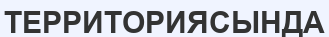
ТЕРРИТОРИЯСЫНДА